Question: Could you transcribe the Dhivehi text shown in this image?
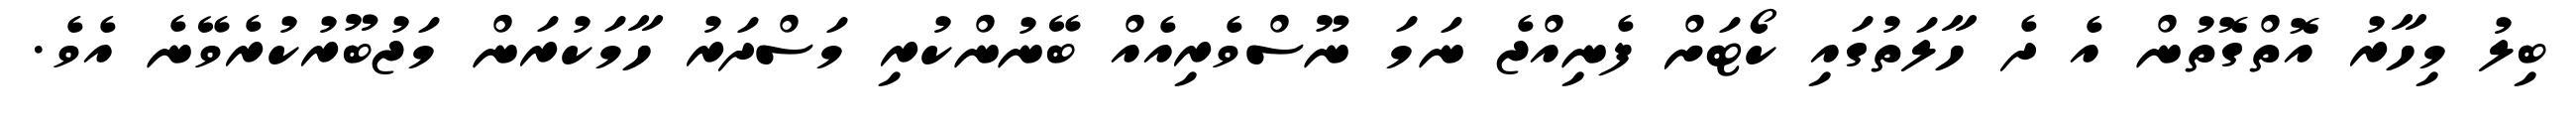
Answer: ބިލު މިހާރު އޮތްގޮތުން އެ ދެ ހާލަތުގައި ކޯޓަށް ފެނިއްޖެ ނަމަ ނޫސްވެރިއެއް ބޭނުންކުރި މަސްދަރު ހާމަކުރަން މަޖުބޫރުކުރެވޭނެ އެވެ.